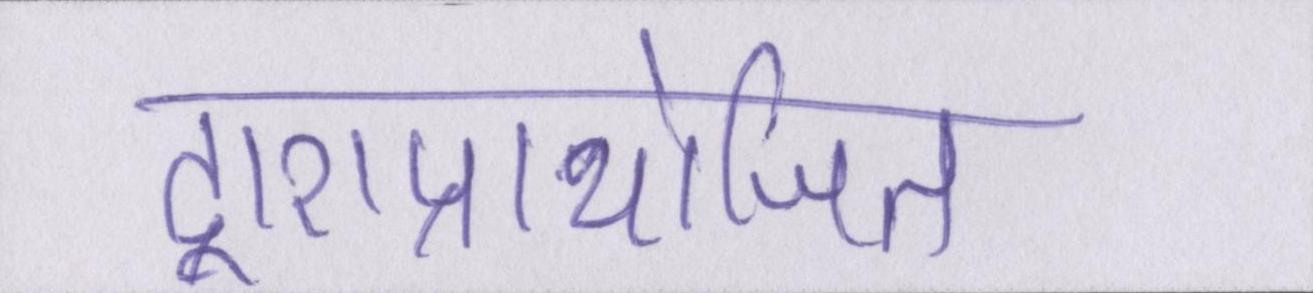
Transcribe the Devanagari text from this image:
द्वाराप्रायोजित